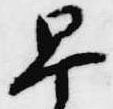
早